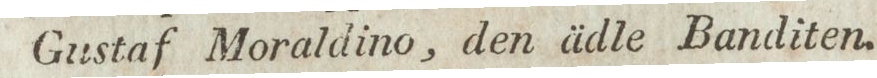
Gustaf Moraldino, den ädle Banditen.